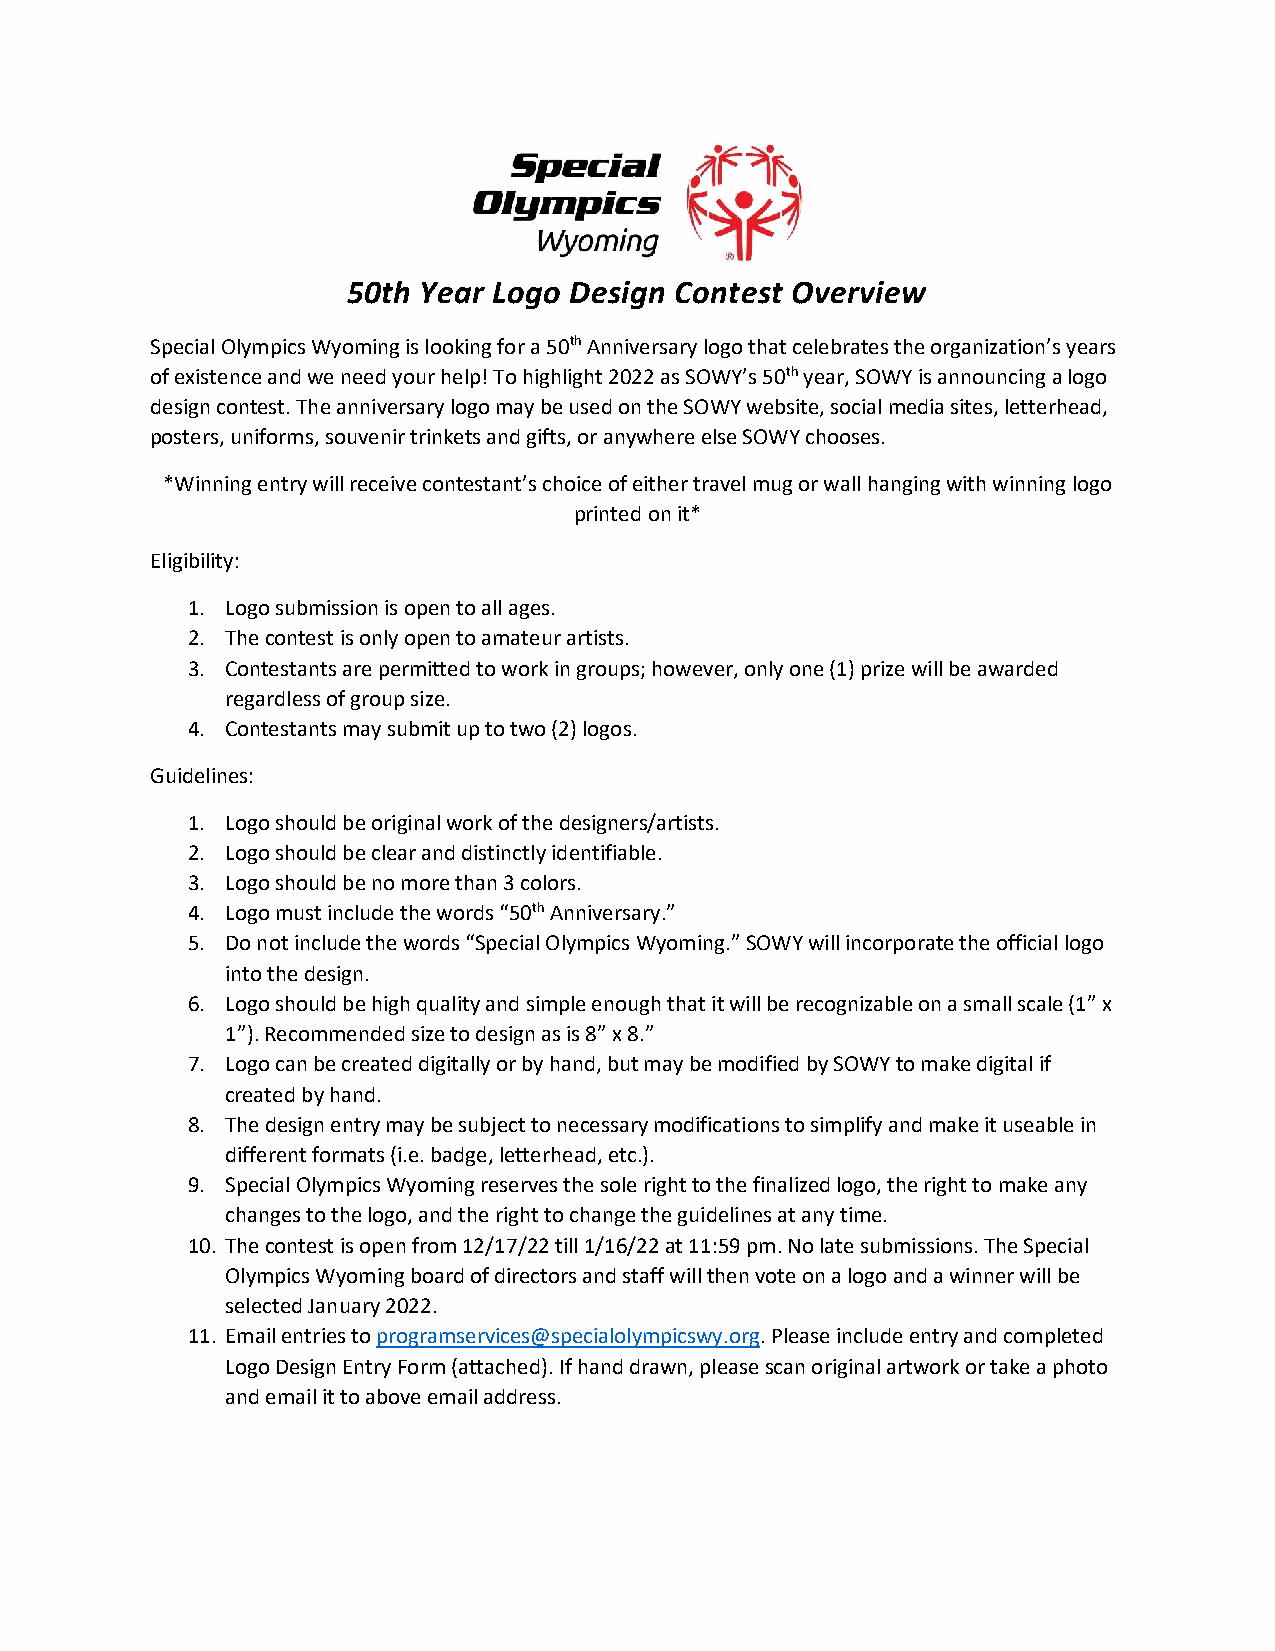
50th Year Logo Design Contest Overview
 Special Olympics Wyoming is looking for a 50th Anniversary logo that celebrates the organization’s years
 of existence and we need your help! To highlight 2022 as SOWY’s 50th year, SOWY is announcing a logo
 design contest. The anniversary logo may be used on the SOWY website, social media sites, letterhead,
 posters, uniforms, souvenir trinkets and gifts, or anywhere else SOWY chooses.
 *Winning entry will receive contestant’s choice of either travel mug or wall hanging with winning logo
 printed on it*
 Eligibility:
 1. Logo submission is open to all ages.
 2. The contest is only open to amateur artists.
 3. Contestants are permitted to work in groups; however, only one (1) prize will be awarded
 regardless of group size.
 4. Contestants may submit up to two (2) logos.
 Guidelines:
 1. Logo should be original work of the designers/artists.
 2. Logo should be clear and distinctly identifiable.
 3. Logo should be no more than 3 colors.
 4. Logo must include the words “50th Anniversary.”
 5. Do not include the words “Special Olympics Wyoming.” SOWY will incorporate the official logo
 into the design.
 6. Logo should be high quality and simple enough that it will be recognizable on a small scale (1” x
 1”). Recommended size to design as is 8” x 8.”
 7. Logo can be created digitally or by hand, but may be modified by SOWY to make digital if
 created by hand.
 8. The design entry may be subject to necessary modifications to simplify and make it useable in
 different formats (i.e. badge, letterhead, etc.).
 9. Special Olympics Wyoming reserves the sole right to the finalized logo, the right to make any
 changes to the logo, and the right to change the guidelines at any time.
 10. The contest is open from 12/17/22 till 1/16/22 at 11:59 pm. No late submissions. The Special
 Olympics Wyoming board of directors and staff will then vote on a logo and a winner will be
 selected January 2022.
 11. Email entries to programservices@specialolympicswy.org. Please include entry and completed
 Logo Design Entry Form (attached). If hand drawn, please scan original artwork or take a photo
 and email it to above email address.